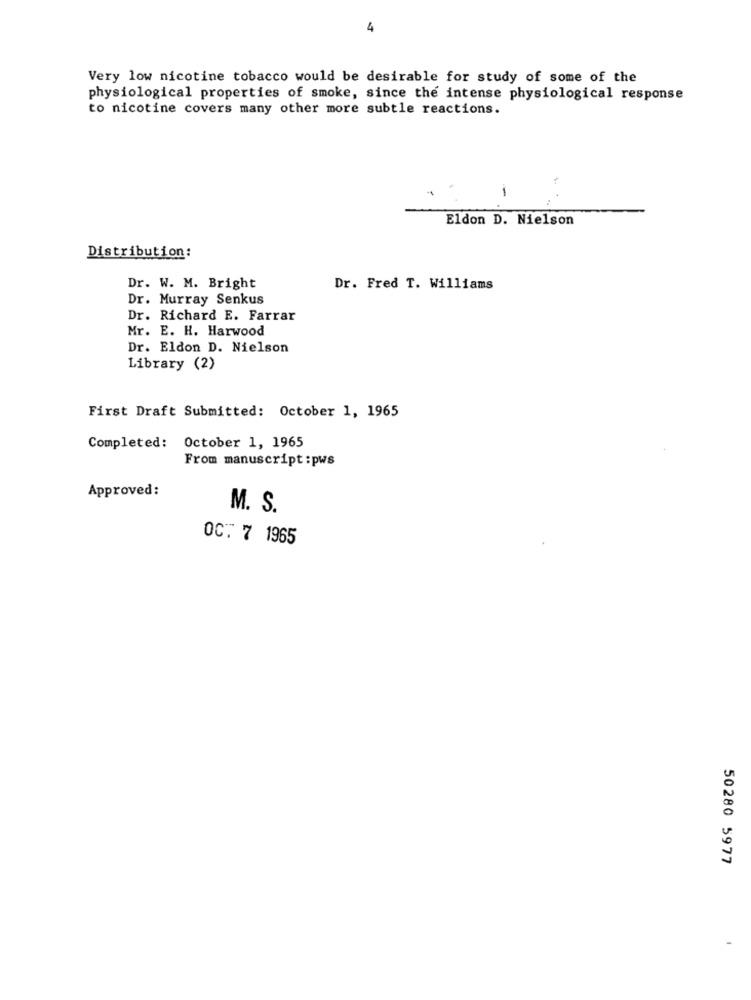
4
Very low nicotine tobacco would be desirable for study of some of the
physiological properties of smoke, since the intense physiological response
to nicotine covers many other more subtle reactions.
1
Eldon D. Nielson
Distribution:
Dr. W. M. Bright
Dr. Fred T. Williams
Dr. Murray Senkus
Dr. Richard E. Farrar
Mr. E. H. Harwood
Dr. Eldon D. Nielson
Library (2)
First Draft Submitted: October 1, 1965
Completed:
October 1, 1965
From manuscript : pws
Approved:
M. S.
OCT 7 1965
50280 5977